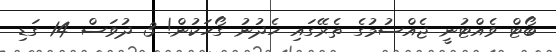
ބޯޓް ވެއްޓުނީ ޖެއްސުމުގެ ތެރޭގައި ހެދުނު ގޯހަކުން! 3 ދުވަސް 14 ގަޑި